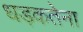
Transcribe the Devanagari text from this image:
धड़कतेना